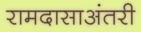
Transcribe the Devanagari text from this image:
रामदासाअंतरी